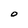
Character: O